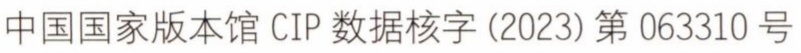
中国国家版本馆 CIP 数据核字 (2023) 第 063310 号